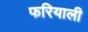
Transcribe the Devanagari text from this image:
फरियाली